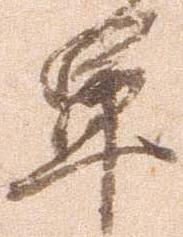
軍